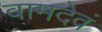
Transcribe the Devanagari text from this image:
वामदेवं